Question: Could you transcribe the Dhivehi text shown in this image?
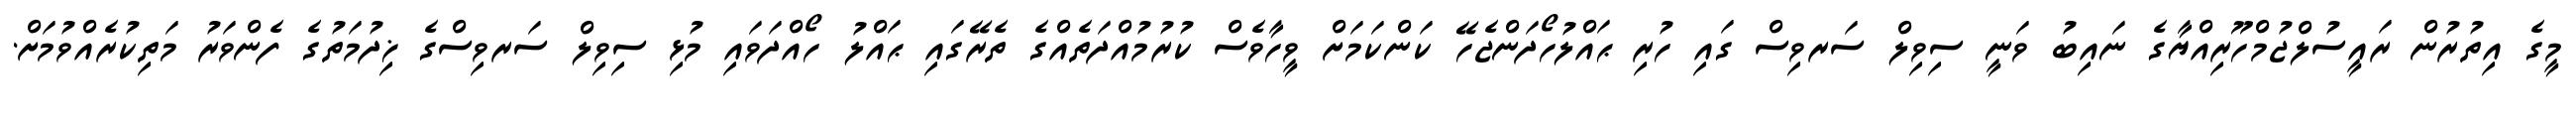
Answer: މީގެ އިތުރުން ރައީސުލްޖުމްހޫރިއްޔާގެ ނައިބު ވަނީ ސިވިލް ސަރވިސް ގައި ހުރި ޙައްލުހޯދަންޖެހޭ ކަންކަމަށް ވީހާވެސް ކުރުމުއްދަތެއްގެ ތެރޭގައި ޙައްލު ހޯއްދަވައި މުޅި ސިވިލް ސަރވިސްގެ ޚިދުމަތުގެ ފެންވަރު މަތިކުރެއްވުމަށް.